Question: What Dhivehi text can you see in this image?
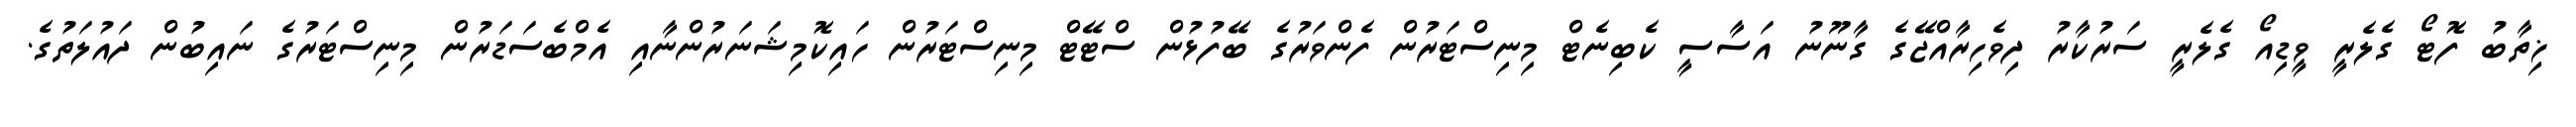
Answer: ޚިތާބު ފޮޓޯ ގެލެރީ ވީޑިއޯ ގެލެރީ ސަރުކާރު ދިވެހިރާއްޖޭގެ ގާނޫނު އަސާސީ ކެބިނެޓް މިނިސްޓަރުން ފެންވަރުގެ ބޭފުޅުން ސްޓޭޓް މިނިސްޓަރުން ހައިކޮމިޝަނަރުންނާއި އެމްބެސަޑަރުން މިނިސްޓަރުގެ ނައިބުން ދައުލަތުގެ.